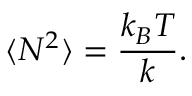
\langle N ^ { 2 } \rangle = \frac { k _ { B } T } { k } .